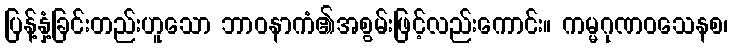
ပြန့်နှံ့ခြင်းတည်းဟူသော ဘာဝနာကံ၏အစွမ်းဖြင့်လည်းကောင်း။ ကမ္မဂုဏဝသေနစ၊